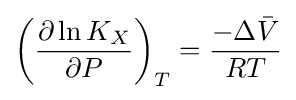
\left({\frac {\partial \ln K_{X}}{\partial P}}\right)_{T}={\frac {-\Delta {\bar {V}}}{RT}}